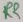
Text: R2